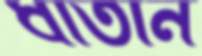
ধাতান